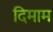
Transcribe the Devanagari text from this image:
दिमाम